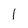
Character: 1